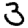
Digit: 3